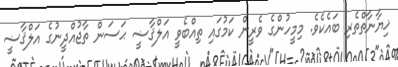
ޚިޔާނާތްތެރި ބައެކެވެ. މިމީހުންގެ ވެރީން ކަމުގައި ތިއްބެވީ އަލްޤާޟީ ޙަސަން ތާޖުއްދީނުގެ އަލްޤާޟީ